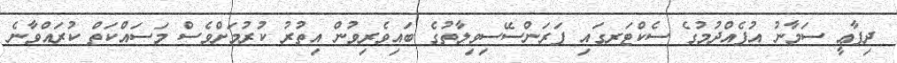
ދިފާޢީ ސަމާނު އުފެއްދުމުގެ ސެކްޓަރގައި ފަރަންސޭސިވިލާތުގެ ބައިވެރިވުން އިތުރު ކުރުމަށްވެސް މަސައްކަތް ކުރައްވާނެ